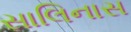
સાલિનાસ